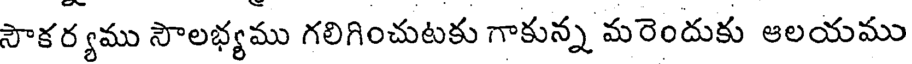
సౌకర్యము సౌలభ్యము గలిగించుటకు గాకున్న మరెందుకు ఆలయము